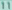
Transcribe